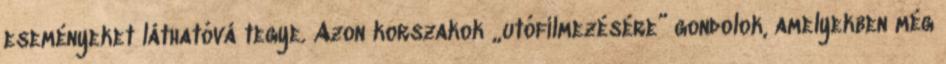
eseményeket láthatóvá tegye. Azon korszakok „utófilmezésére” gondolok, amelyekben még